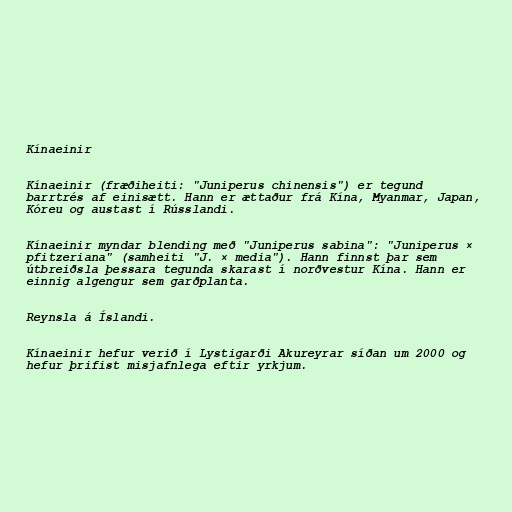
Kínaeinir

Kínaeinir (fræðiheiti: "Juniperus chinensis") er tegund
barrtrés af einisætt. Hann er ættaður frá Kína, Myanmar, Japan,
Kóreu og austast í Rússlandi.

Kínaeinir myndar blending með "Juniperus sabina": "Juniperus ×
pfitzeriana" (samheiti "J. × media"). Hann finnst þar sem
útbreiðsla þessara tegunda skarast í norðvestur Kína. Hann er
einnig algengur sem garðplanta.

Reynsla á Íslandi.

Kínaeinir hefur verið í Lystigarði Akureyrar síðan um 2000 og
hefur þrifist misjafnlega eftir yrkjum.